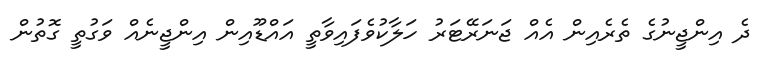
ދެ އިންޖީނުގެ ތެރެއިން އެއް ޖަނަރޭޓަރު ހަލާކުވެފައިވާތީ އައްޑޫއިން އިންޖީނެއް ވަގުތީ ގޮތުން